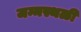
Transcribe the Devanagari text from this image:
जन्मस्थळी